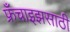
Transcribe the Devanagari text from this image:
फ्रँचाइझसाठी